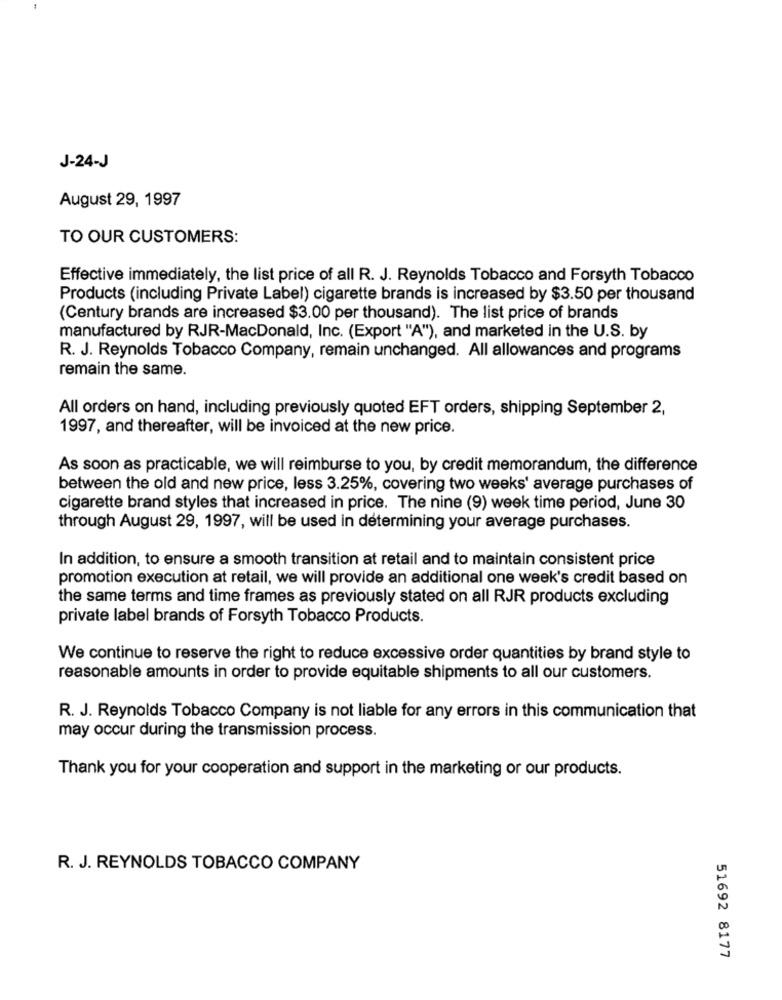
J-24-J
August 29, 1997
TO OUR CUSTOMERS:
Effective immediately, the list price of all R. J. Reynolds Tobacco and Forsyth Tobacco
Products (including Private Label) cigarette brands is increased by $3.50 per thousand
(Century brands are increased $3.00 per thousand). The list price of brands
manufactured by RJR-MacDonald, Inc. (Export "A"), and marketed in the U.S. by
R. J. Reynolds Tobacco Company, remain unchanged. All allowances and programs
remain the same.
All orders on hand, including previously quoted EFT orders, shipping September 2,
1997, and thereafter, will be invoiced at the new price.
As soon as practicable, we will reimburse to you, by credit memorandum, the difference
between the old and new price, less 3.25%, covering two weeks' average purchases of
cigarette brand styles that increased in price. The nine (9) week time period, June 30
through August 29, 1997, will be used in determining your average purchases.
In addition, to ensure a smooth transition at retail and to maintain consistent price
promotion execution at retail, we will provide an additional one week's credit based on
the same terms and time frames as previously stated on all RJR products excluding
private label brands of Forsyth Tobacco Products.
We continue to reserve the right to reduce excessive order quantities by brand style to
reasonable amounts in order to provide equitable shipments to all our customers.
R. J. Reynolds Tobacco Company is not liable for any errors in this communication that
may occur during the transmission process.
Thank you for your cooperation and support in the marketing or our products.
R. J. REYNOLDS TOBACCO COMPANY
51692 8177